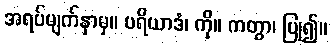
အရပ်မျက်နှာမှ။ ပရိယာဒံ၊ ကို။ ကတွာ၊ ပြု၍။